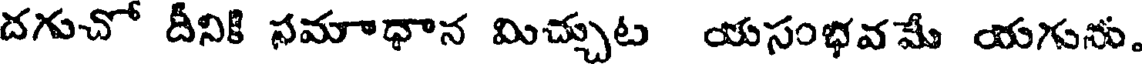
దగుచో దీనికి సమాధాన మిచ్చుట యసంభవమే యగును.